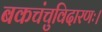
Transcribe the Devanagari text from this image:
बकचंचुविदारणः।